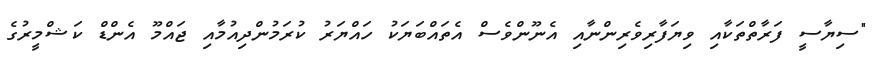
"ސިޔާސީ ފަރާތްތަކާއި ވިޔަފާރިވެރިންނާއި އެނޫންވެސް އެތައްބަޔަކު ހައްޔަރު ކުރަމުންދިއުމާއި ޖައްމޫ އެންޑް ކަޝްމީރުގެ